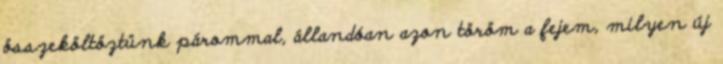
összeköltöztünk párommal, állandóan azon töröm a fejem, milyen új